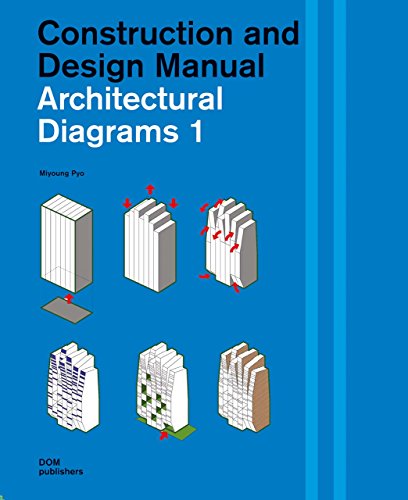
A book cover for Architectural Diagrams 1: Construction and Design Manual; Miyoung Pyo; Arts & Photography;